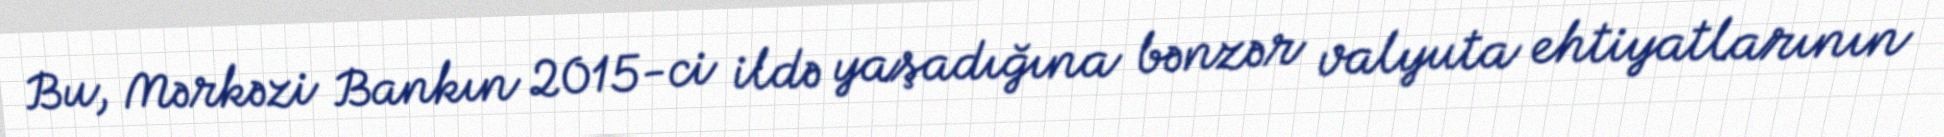
Bu, Mərkəzi Bankın 2015-ci ildə yaşadığına bənzər valyuta ehtiyatlarının